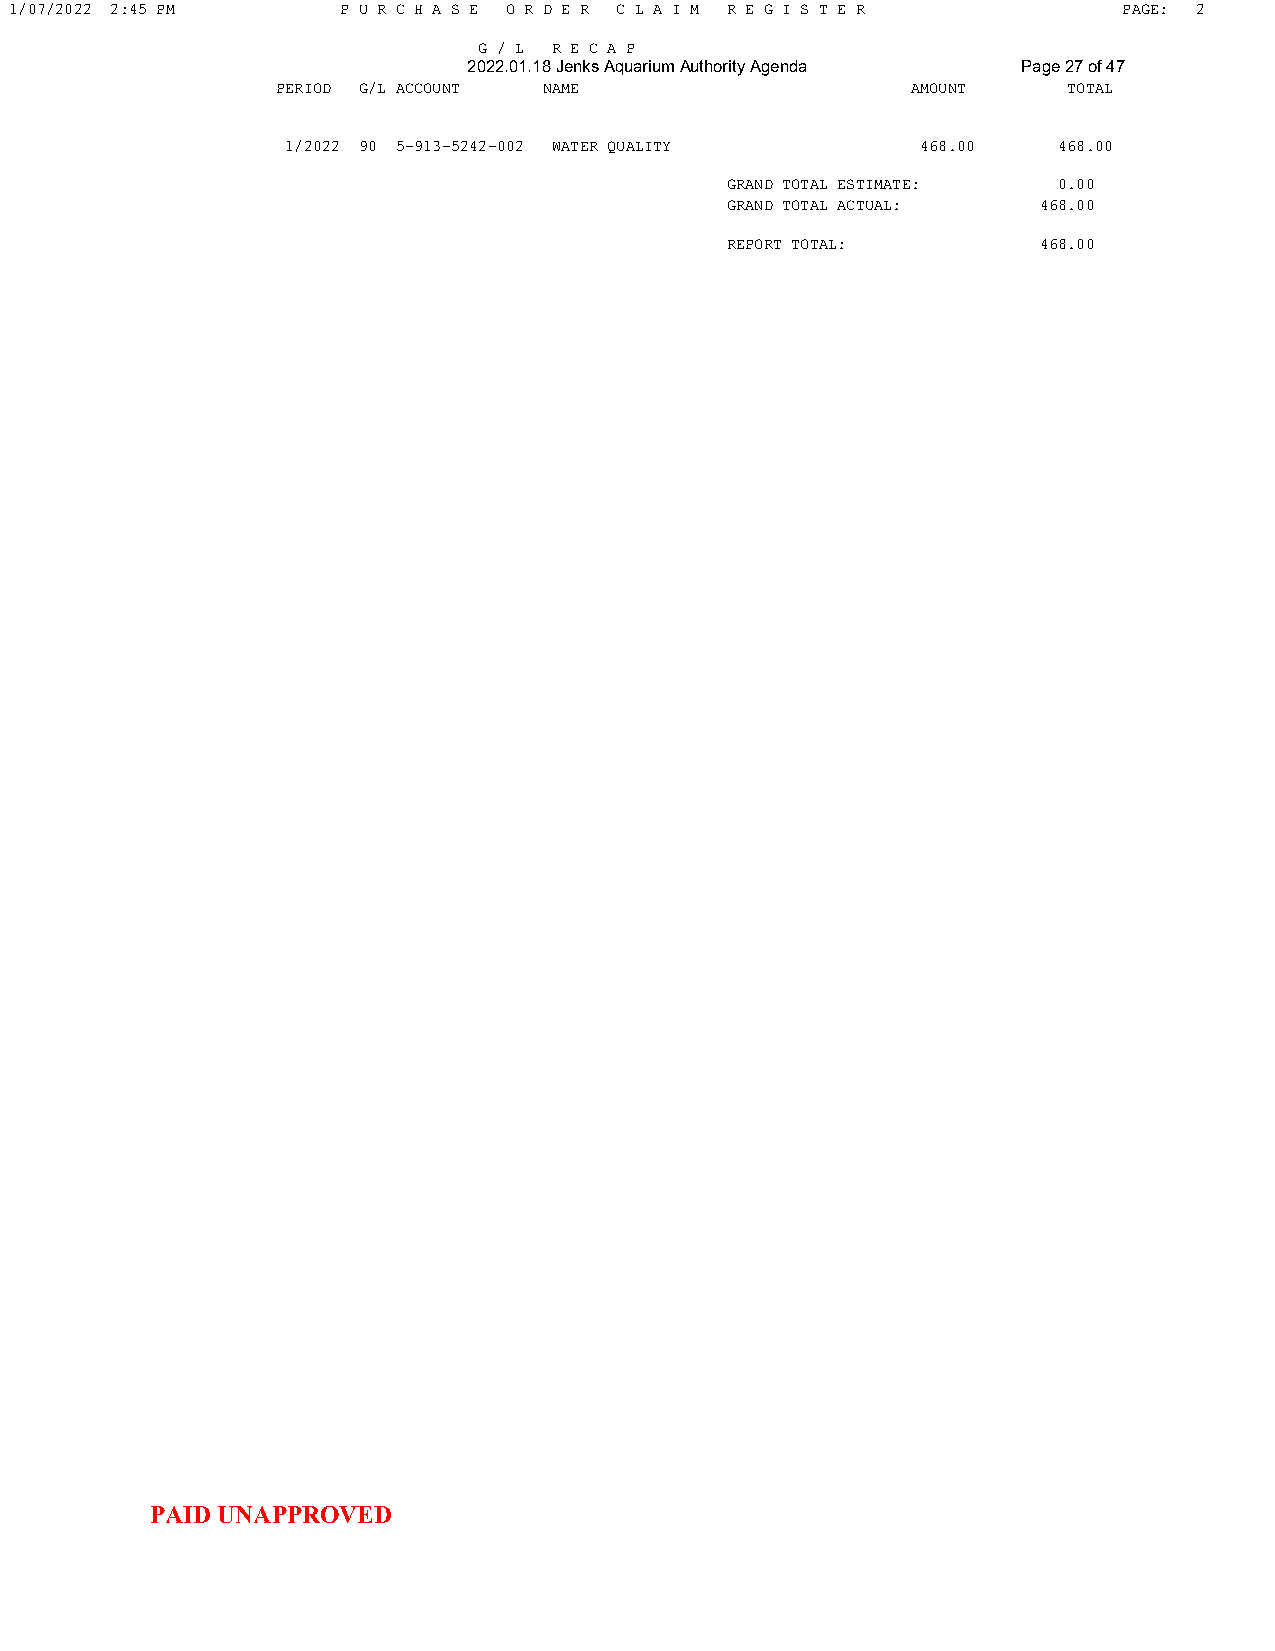
1/07/2022 2:45 PM     P U R C H A S E O R D E R C L A I M R E G I S T E R PAGE: 2
 G / L R E C A P
 2022.01.18 Jenks Aquarium Authority Agenda Page 27 of 47
 PERIOD G/L ACCOUNT NAME                   AMOUNT     TOTAL
 1/2022 90 5-913-5242-002 WATER QUALITY    468.00   468.00
 GRAND TOTAL ESTIMATE: 0.00
 GRAND TOTAL ACTUAL:  468.00
 REPORT TOTAL:        468.00
 PAID UNAPPROVED